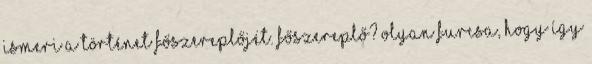
ismeri a történet főszereplőjét. Főszereplő? Olyan furcsa, hogy így